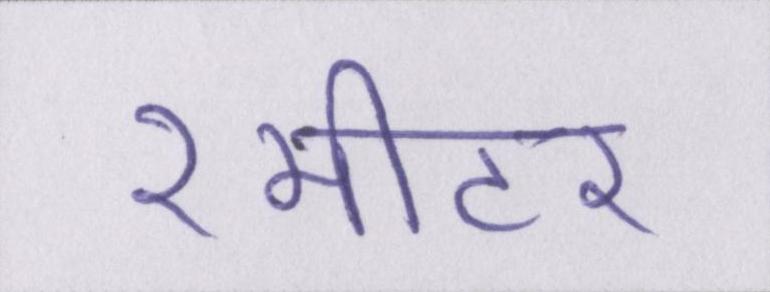
२मीटर